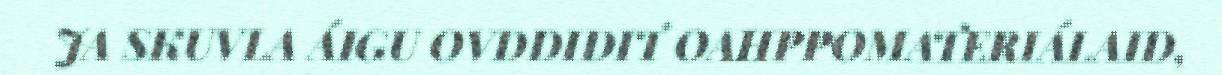
JA SKUVLA ÁIGU OVDDIDIT OAHPPOMATERIÁLAID,